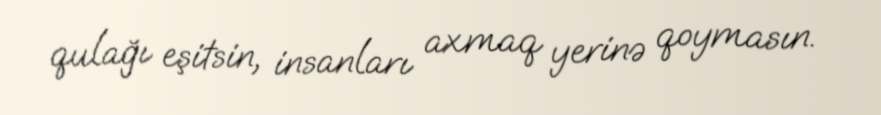
qulağı eşitsin, insanları axmaq yerinə qoymasın.